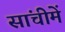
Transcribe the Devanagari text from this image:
सांचीमें